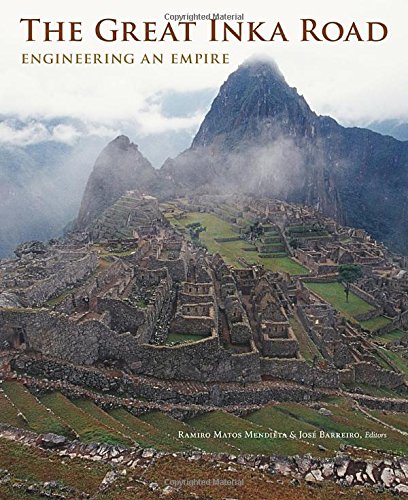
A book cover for The Great Inka Road: Engineering an Empire; Engineering & Transportation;